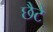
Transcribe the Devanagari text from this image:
छैटे